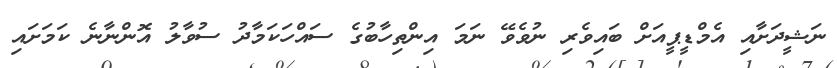
ނަޝީދަށާއި އެމްޑީޕީއަށް ބައިވެރި ނުވެވޭ ނަމަ އިންތިހާބުގެ ސައްހަކަމާދު ސުވާލު އޮންނާނެ ކަމަށައި